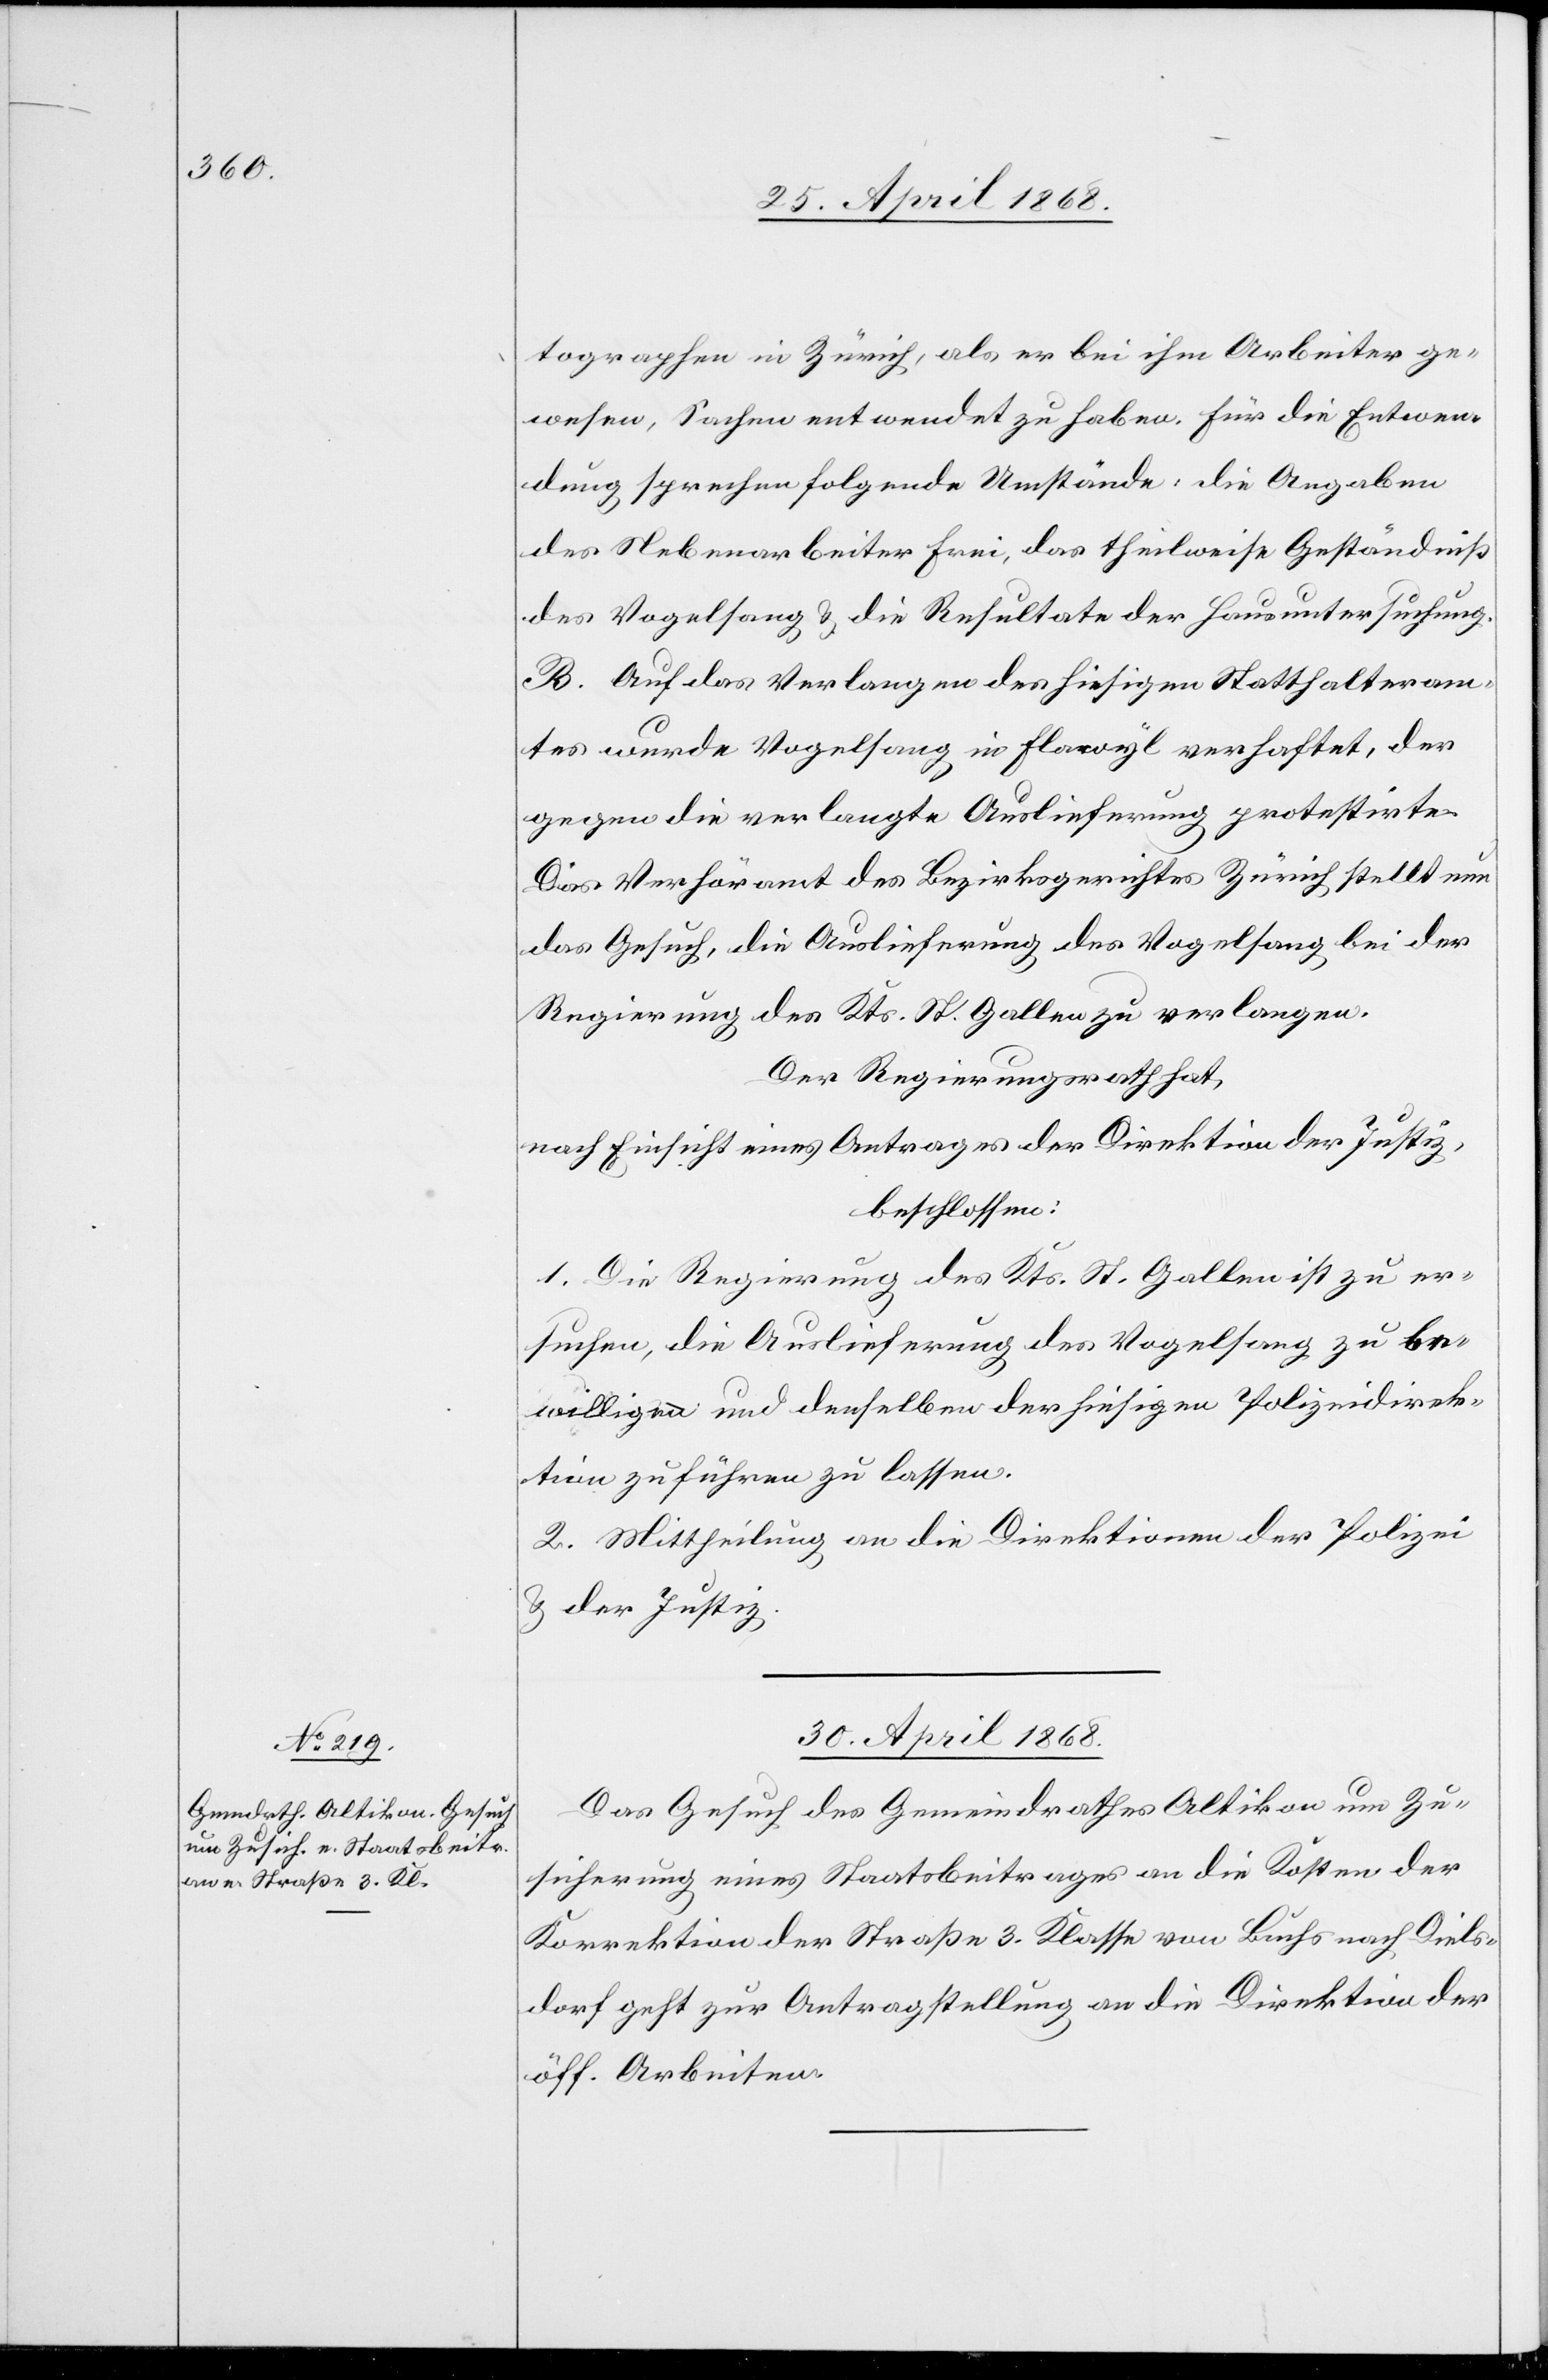
tographen in Zürich, als er bei ihm Arbeiter ge¬
wesen, Sachen entwendet zu haben. Für die Entwen¬
dung sprechen folgende Umstände: die Angaben
des Nebenarbeiter Frei, das theilweise Geständniß
des Vogelsang & die Resultate der Hausuntersuchung.
B. Auf das Verlangen des hiesigen Statthalteram¬
tes wurde Vogelsang in Flawyl verhaftet, der
gegen die verlangte Auslieferung protestirte.
Das Verhöramt des Bezirksgerichtes Zürich stellt nun
das Gesuch, die Auslieferung des Vogelsang bei der
Regierung des Kts. St. Gallen zu verlangen.
Der Regierungsrath hat,
nach Einsicht eines Antrages der Direktion der Justiz,
beschlossen:
1. Die Regierung des Kts. St. Gallen ist zu er¬
suchen, die Auslieferung des Vogelsang zu be¬
willigen und denselben der hiesigen Polizeidirek¬
tion zuführen zu lassen.
2. Mittheilung an die Direktionen der Polizei
& der Justiz.
30. April 1868.
Das Gesuch des Gemeindrathes Altikon um Zu¬
sicherung eines Staatsbeitrages an die Kosten der
Korrektion der Straße 3. Klasse von Buchs nach Diels¬
dorf geht zur Antragstellung an die Direktion der
öff. Arbeiten.